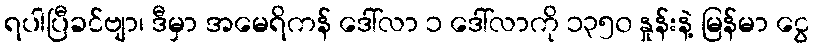
ရပါပြီခင်ဗျာ၊ ဒီမှာ အမေရိကန် ဒေါ်လာ ၁ ဒေါ်လာကို ၁၃၅၀ နှုန်းနဲ့ မြန်မာ ငွေ